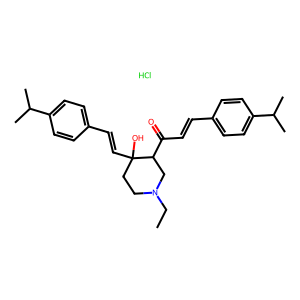
SMILES: CCN1CCC(O)(C=Cc2ccc(C(C)C)cc2)C(C(=O)C=Cc2ccc(C(C)C)cc2)C1.Cl
Inhibits HIV replication: No